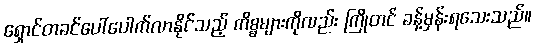
ရှောင်တခင်ပေါ်ပေါက်လာနိုင်သည့် ကိစ္စများကိုလည်း ကြိုတင် ခန့်မှန်းရသေးသည်။